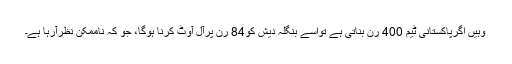
وہیں اگرپاکستانی ٹیم 400 رن بناتی ہے تواسے بنگلہ دیش کو84 رن پرآل آوٹ کرنا ہوگا، جو کہ ناممکن نظرآرہا ہے۔